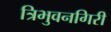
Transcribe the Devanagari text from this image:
त्रिभुवनगिरी